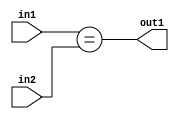
`timescale 1ps / 1ps
/*****************************************************************************
    Verilog RTL Description
    
    
    Created by: Stratus DpOpt 2019.1.01 
*******************************************************************************/

module GauFilter_Equal_2Ux2U_1U_4 (
	in2,
	in1,
	out1
	); /* architecture "behavioural" */ 
input [1:0] in2,
	in1;
output  out1;
wire  asc001;

assign asc001 = (in1==in2);

assign out1 = asc001;
endmodule

/* CADENCE  urjySgA= : u9/ySgnWtBlWxVPRXgAZ4Og= ** DO NOT EDIT THIS LINE ******/